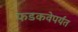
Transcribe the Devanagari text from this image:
फडकवेपर्यंत